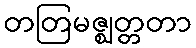
တတြမဇ္ဈတ္တတာ